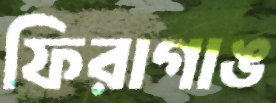
ফিরাগাঙ